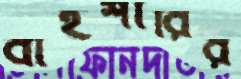
বাইশারির